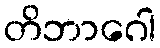
တိဘာဂေါ